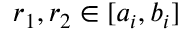
r _ { 1 } , r _ { 2 } \in [ a _ { i } , b _ { i } ]